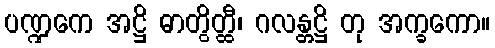
ပဏ္ဍကေ အဋ္ဌိ ဓာတွိတ္ထီ၊ ဂလန္တဋ္ဌိ တု အက္ခကော။